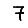
Digit: 7